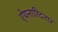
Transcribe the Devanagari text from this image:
ऐयनारिदनार